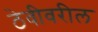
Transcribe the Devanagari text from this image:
ठेवीवरील